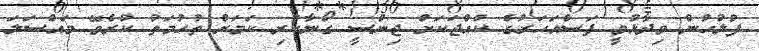
ފުލުހުން ވިދާޅުވީ ފަސްއަހަރުގެ ކުއްޖަކަށް ޖިންސީ ގޯނާކުރި ކަމަށް ތުހުމަތު ކުރެވޭ މައްސަލަ